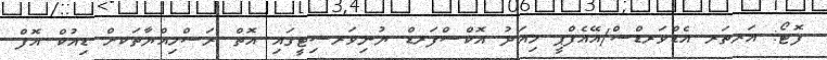
ފޮޓޯ: އަރތަރ އެޑްވަރޑްސް/އޭއެފްޕީ މިއަދު އޮކްސްފަރޑް ޔުނިވަރސިޓީގައި އޮތް ރަސްމިއްޔާތަކށް ޑިއުކް އޮފް